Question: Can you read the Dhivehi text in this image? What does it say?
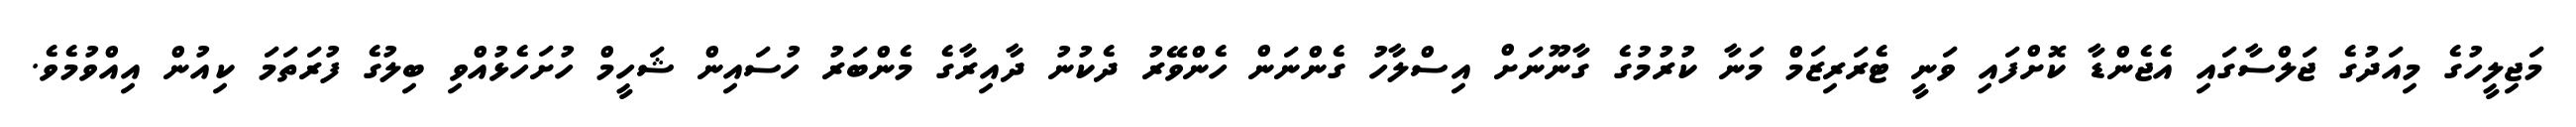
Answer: މަޖިލީހުގެ މިއަދުގެ ޖަލްސާގައި އެޖެންޑާ ކޮށްފައި ވަނީ ޓެރަރިޒަމް މަނާ ކުރުމުގެ ގާނޫނަށް އިސްލާހު ގެންނަން ހެންވޭރު ދެކުނު ދާއިރާގެ މެންބަރު ހުސައިން ޝަހީމް ހުށަހެޅުއްވި ބިލުގެ ފުރަތަމަ ކިއުން އިއްވުމެވެ.